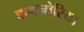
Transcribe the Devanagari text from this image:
कमजोरिया